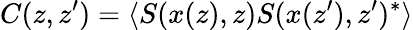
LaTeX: C(z,z^{\prime})=\langle S(x(z),z)S(x(z^{\prime}),z^{\prime})^{\ast}\rangle